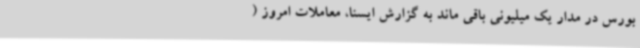
بورس در مدار یک میلیونی باقی ماند به گزارش ایسنا، معاملات امروز (